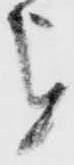
を